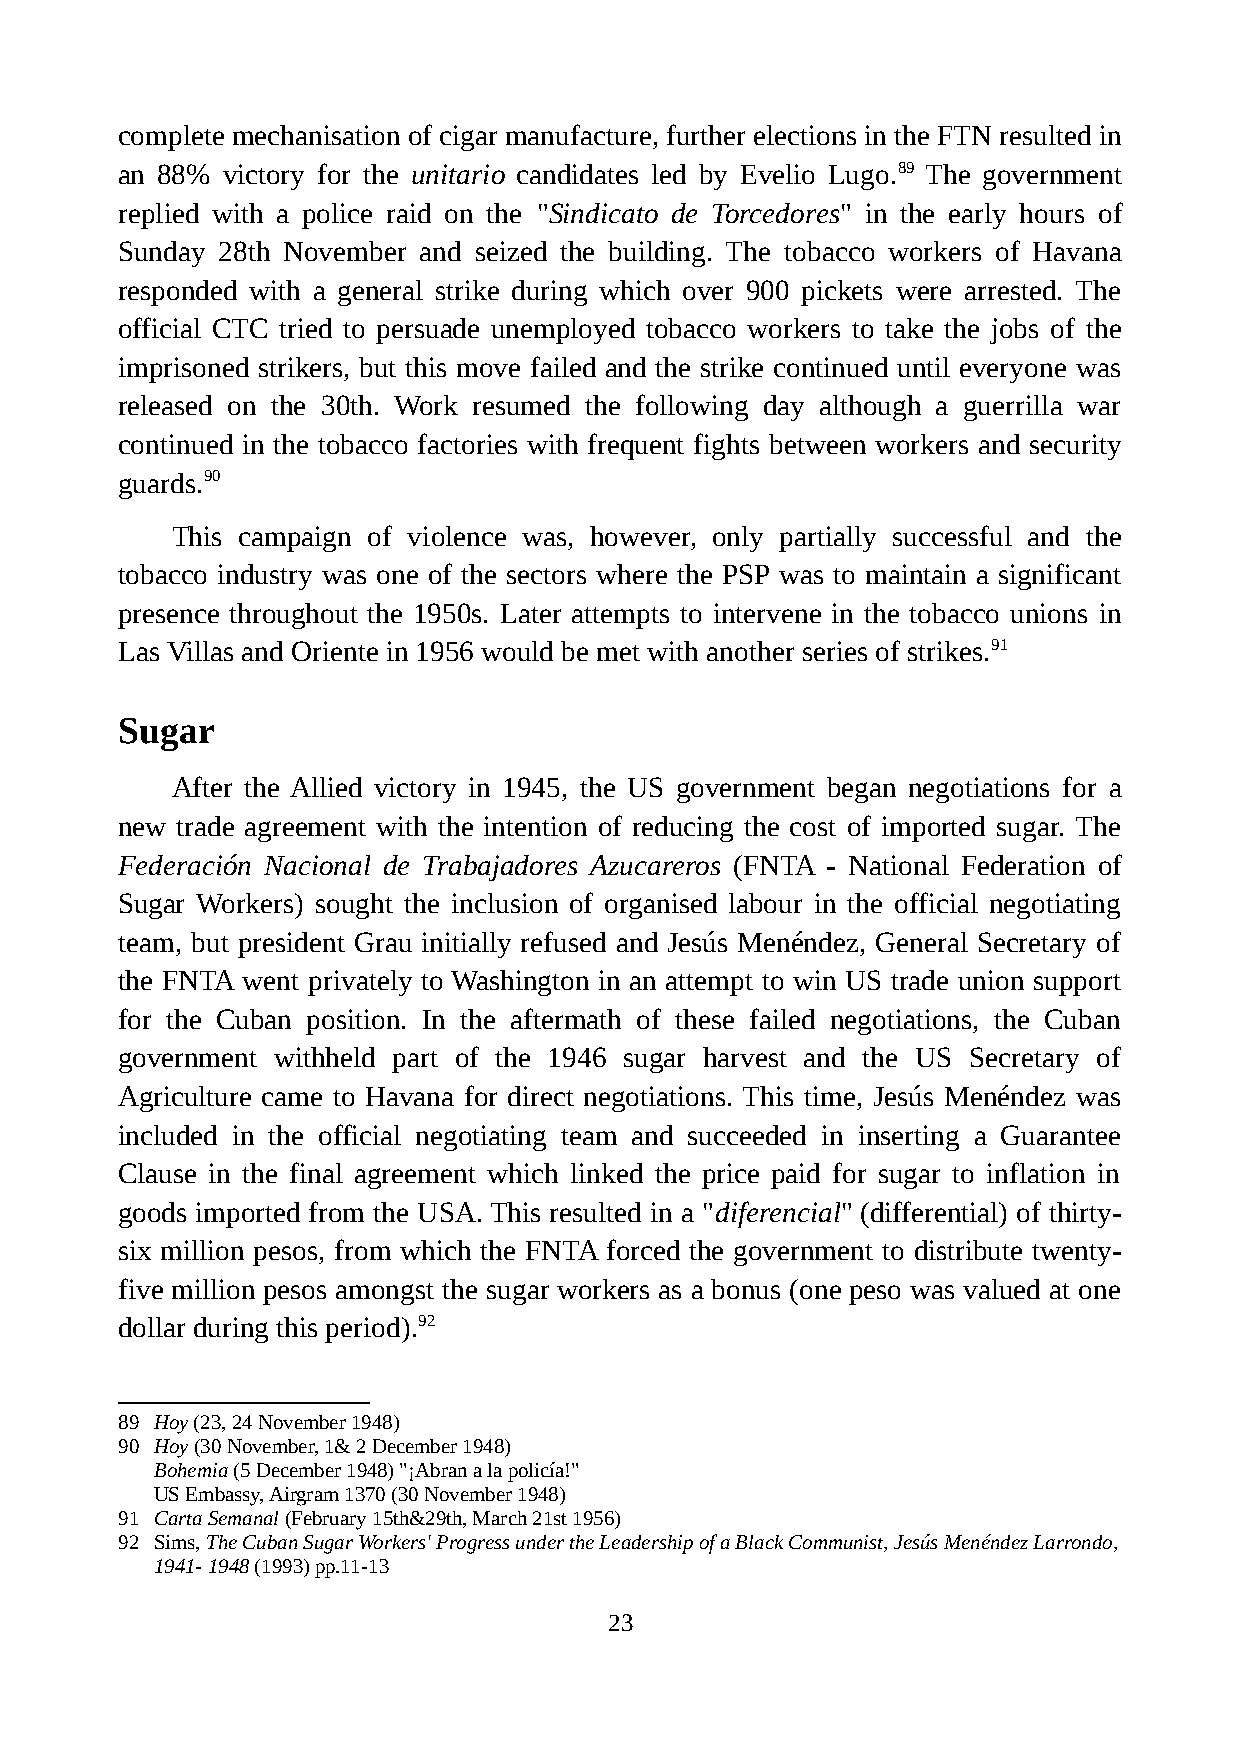
complete mechanisation of cigar manufacture, further elections in the FTN resulted in
 an 88% victory for the unitario candidates led by Evelio Lugo.89 The government
 replied with a police raid on the "Sindicato de Torcedores" in the early hours of
 Sunday 28th November and seized the building. The tobacco workers of Havana
 responded with a general strike during which over 900 pickets were arrested. The
 official CTC tried to persuade unemployed tobacco workers to take the jobs of the
 imprisoned strikers, but this move failed and the strike continued until everyone was
 released on the 30th. Work resumed the following day although a guerrilla war
 continued in the tobacco factories with frequent fights between workers and security
 guards.90
 This campaign of violence was, however, only partially successful and the
 tobacco industry was one of the sectors where the PSP was to maintain a significant
 presence throughout the 1950s. Later attempts to intervene in the tobacco unions in
 Las Villas and Oriente in 1956 would be met with another series of strikes.91
 Sugar
 After the Allied victory in 1945, the US government began negotiations for a
 new trade agreement with the intention of reducing the cost of imported sugar. The
 Federación Nacional de Trabajadores Azucareros (FNTA - National Federation of
 Sugar Workers) sought the inclusion of organised labour in the official negotiating
 team, but president Grau initially refused and Jesús Menéndez, General Secretary of
 the FNTA went privately to Washington in an attempt to win US trade union support
 for the Cuban position. In the aftermath of these failed negotiations, the Cuban
 government withheld part of the 1946 sugar harvest and the US Secretary of
 Agriculture came to Havana for direct negotiations. This time, Jesús Menéndez was
 included in the official negotiating team and succeeded in inserting a Guarantee
 Clause in the final agreement which linked the price paid for sugar to inflation in
 goods imported from the USA. This resulted in a "diferencial" (differential) of thirty-
 six million pesos, from which the FNTA forced the government to distribute twenty-
 five million pesos amongst the sugar workers as a bonus (one peso was valued at one
 dollar during this period).92
 89 Hoy (23, 24 November 1948)
 90 Hoy (30 November, 1& 2 December 1948)
 Bohemia (5 December 1948) "¡Abran a la policía!"
 US Embassy, Airgram 1370 (30 November 1948)
 91 Carta Semanal (February 15th&29th, March 21st 1956)
 92 Sims, The Cuban Sugar Workers' Progress under the Leadership of a Black Communist, Jesús Menéndez Larrondo,
 1941- 1948 (1993) pp.11-13
 23